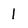
Character: l